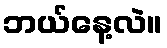
ဘယ်နေ့လဲ။